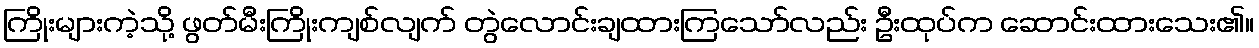
ကြိုးများကဲ့သို့ ဖွတ်မီးကြိုးကျစ်လျက် တွဲလောင်းချထားကြသော်လည်း ဦးထုပ်က ဆောင်းထားသေး၏။